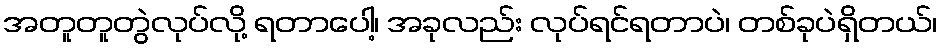
အတူတူတွဲလုပ်လို့ ရတာပေါ့၊ အခုလည်း လုပ်ရင်ရတာပဲ၊ တစ်ခုပဲရှိတယ်၊